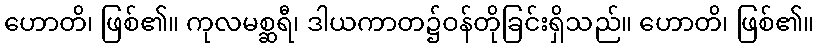
ဟောတိ၊ ဖြစ်၏။ ကုလမစ္ဆရီ၊ ဒါယကာတ၌ဝန်တိုခြင်းရှိသည်။ ဟောတိ၊ ဖြစ်၏။